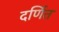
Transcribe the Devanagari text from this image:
दर्णित